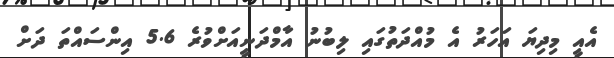
އެއީ މިދިޔަ އަހަރު އެ މުއްދަތުގައި ލިބުނު އާމްދަނީއަށްވުރެ 5.6 އިންސަައްތަ ދަށް